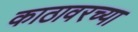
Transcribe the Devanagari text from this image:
काठावरच्या